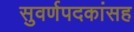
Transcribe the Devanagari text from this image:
सुवर्णपदकांसह